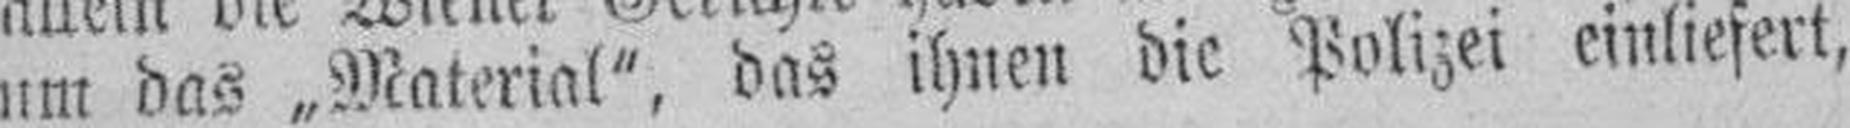
um das „Material“, das ihnen die Polizei einliefert,